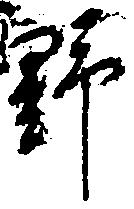
野